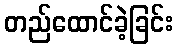
တည်ထောင်ခဲ့ခြင်း